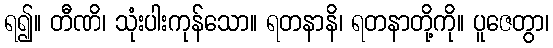
ရ၍။ တီဏိ၊ သုံးပါးကုန်သော။ ရတနာနိ၊ ရတနာတို့ကို။ ပူဇေတွာ၊